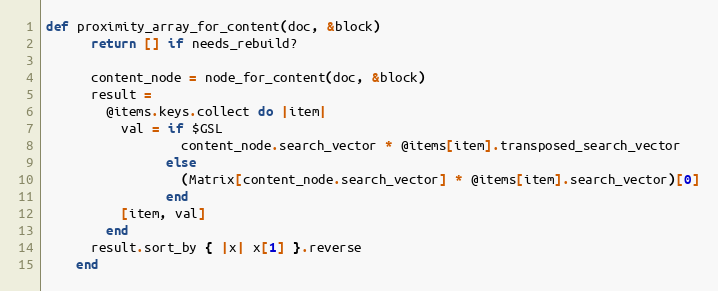
Language: Ruby
def proximity_array_for_content(doc, &block)
      return [] if needs_rebuild?

      content_node = node_for_content(doc, &block)
      result =
        @items.keys.collect do |item|
          val = if $GSL
                  content_node.search_vector * @items[item].transposed_search_vector
                else
                  (Matrix[content_node.search_vector] * @items[item].search_vector)[0]
                end
          [item, val]
        end
      result.sort_by { |x| x[1] }.reverse
    end